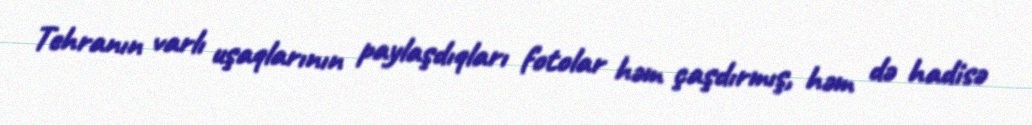
Tehranın varlı uşaqlarının paylaşdıqları fotolar həm çaşdırmış, həm də hadisə